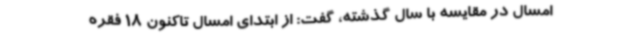
امسال در مقایسه با سال گذشته، گفت: از ابتدای امسال تاکنون 18 فقره